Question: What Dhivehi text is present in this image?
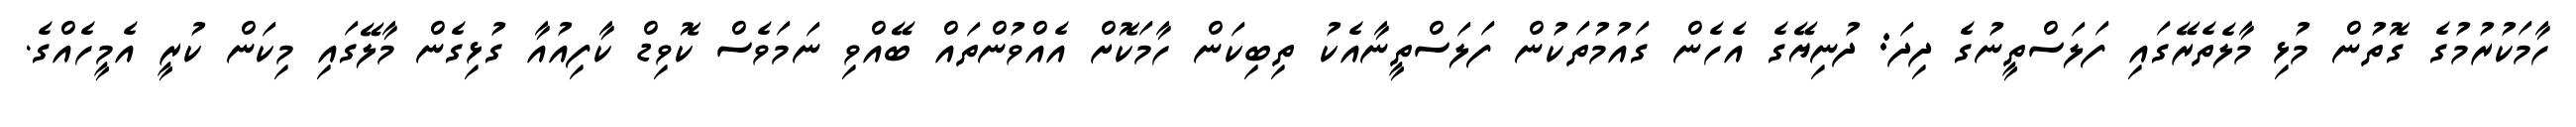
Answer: ހާމަކުރުމުގެ ގޮތުން މުޅި މާލެތެރޭގައި ފަލަސްތީނުގެ ދިދަ: ދުނިޔޭގެ އެހެން ގައުމުތަކުން ފަލަސްތީނާއެކު ތިބިކަން ހާމަކޮށް އެއްވުންތައް ބޭއްވި ނަމަވެސް ކޮވިޑް ކާފިއުއާ ގުޅިގެން މާލޭގައި މިކަން ކުރީ އެމީހެއްގެ.